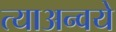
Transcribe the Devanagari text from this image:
त्याअन्वये